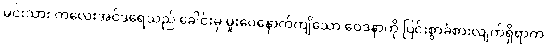
မင်းသား ကလေးအင်ဒရေသည် ခေါင်းမှ မူးဝေနောက်ကျိသော ဝေဒနာကို ပြင်းစွာခံစားလျက်ရှိရာက